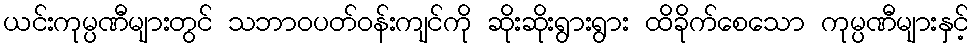
ယင်းကုမ္ပဏီများတွင် သဘာဝပတ်ဝန်းကျင်ကို ဆိုးဆိုးရွားရွား ထိခိုက်စေသော ကုမ္ပဏီများနှင့်